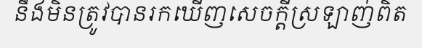
នឹងមិនត្រូវបានរកឃើញសេចក្តីស្រឡាញ់ពិត